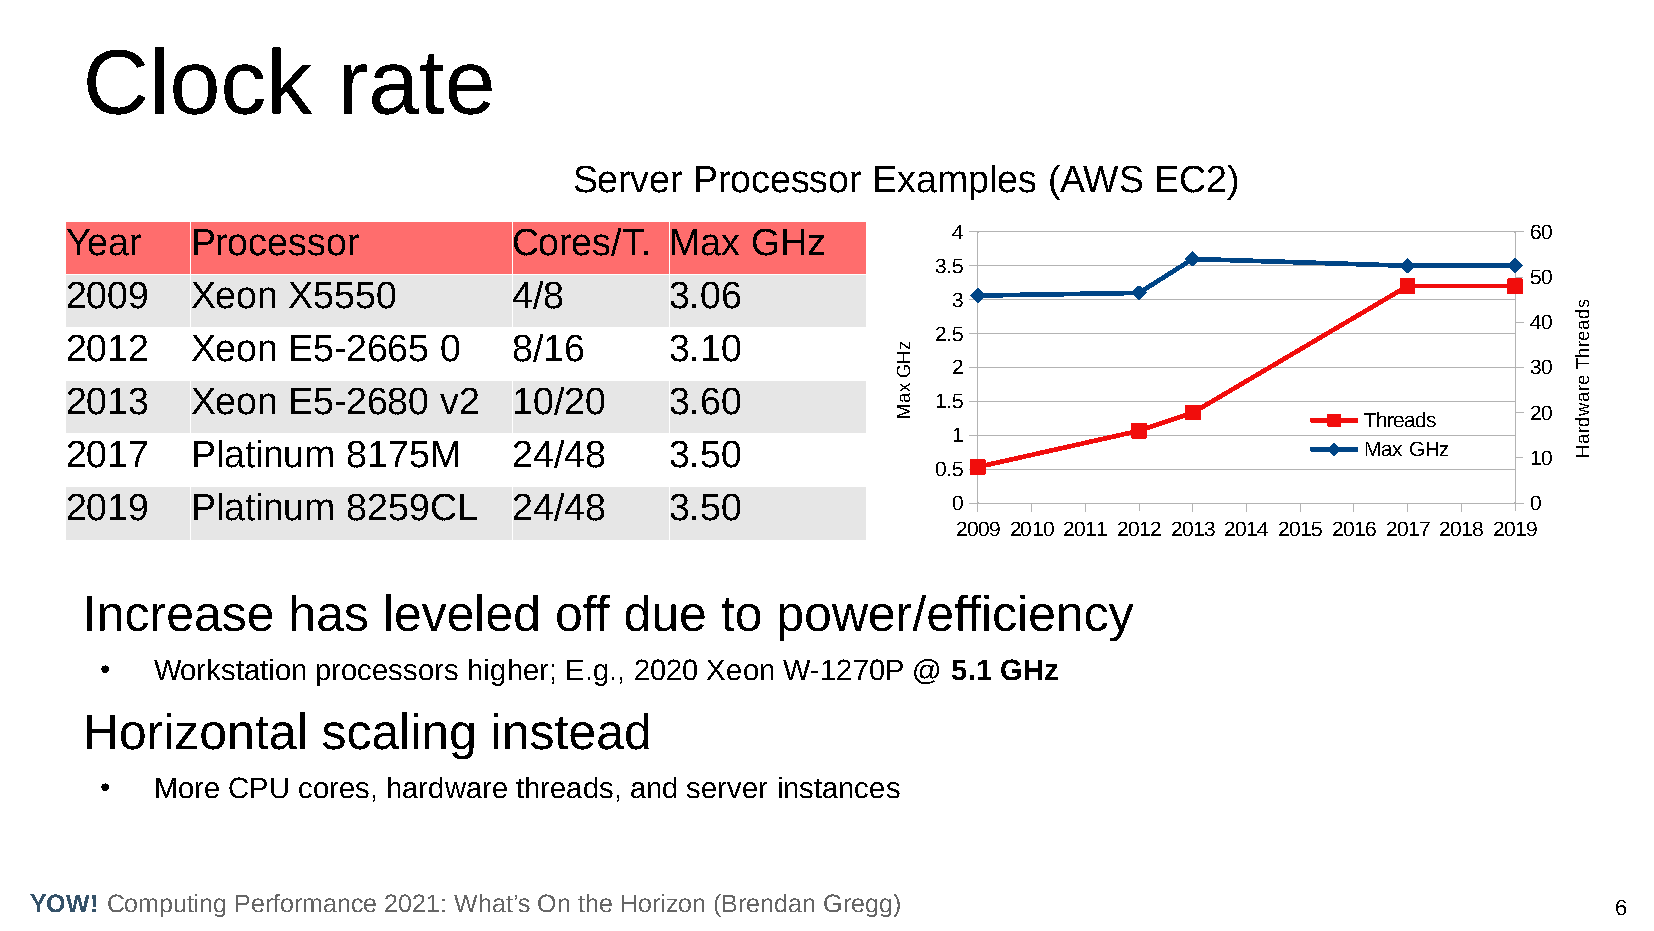
Clock            rate
 Server  Processor   Examples   (AWS   EC2)
 Year     Processor            Cores/T.  Max   GHz          4                                     60
 3.5
 50
 2009     Xeon  X5550          4/8       3.06
 3
 40
 2.5
 2012     Xeon  E5-2665   0    8/16      3.10
 2                                     30
 2013     Xeon  E5-2680   v2   10/20     3.60
 1.5
 20
 Threads
 1
 2017     Platinum  8175M      24/48     3.50                                          Max GHz
 10
 0.5
 2019     Platinum  8259CL     24/48     3.50               0                                     0
 2009 2010 2011 2012 2013 2014 2015 2016 2017 2018 2019
 Increase      has   leveled     off due    to power/efficiency
 ●  Workstation processors higher; E.g., 2020 Xeon W-1270P @ 5.1 GHz
 Horizontal      scaling    instead
 ●  More CPU  cores, hardware threads, and server instances
 YOW! Computing Performance 2021: What’s On the Horizon (Brendan Gregg)                                   6
 zHG
 xaM
 sdaerhT
 erawdraH